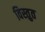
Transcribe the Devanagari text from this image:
विस्तुत